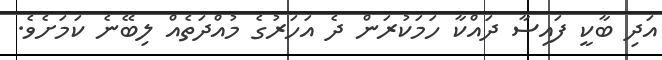
އަދި ބާކީ ފައިސާ ދައްކާ ހަމަކުރަން ދެ އަހަރުގެ މުއްދަތެއް ލިބޭނެ ކަމަށެވެ.